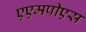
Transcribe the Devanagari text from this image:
एएमपीएस